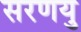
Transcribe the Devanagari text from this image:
सरणयु